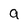
Character: a